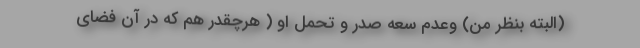
(البته بنظر من) و‌عدم سعه صدر و‌ تحمل او ( هرچقدر هم که در آن فضای